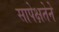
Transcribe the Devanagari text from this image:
सापेक्षतेने